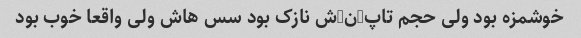
خوشمزه بود ولی حجم تاپ-ن-ش نازک بود سس هاش ولی واقعا خوب بود